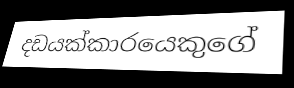
දඩයක්කාරයෙකුගේ